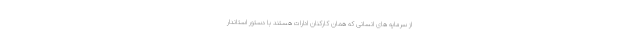
از سرمایه های انسانی که همان کارکنان ادارات هستند با دستور استاندار